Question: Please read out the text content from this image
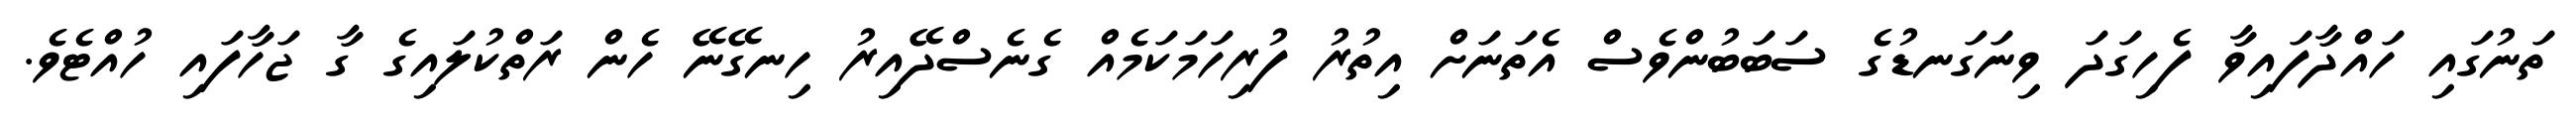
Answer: ތަނުގައި ހައްދާފައިވާ ފެހިގަދަ ވިނަގަނޑުގެ ސަބަބުންވެސް އެތަނަށް އިތުރު ފުރިހަމަކަމެއް ގެނެސްދޭއިރު ހިނގޭނޭ ހެން ރަތްކުލައިގެ ގާ ޖަހާފައި ހުއްޓެވެ.